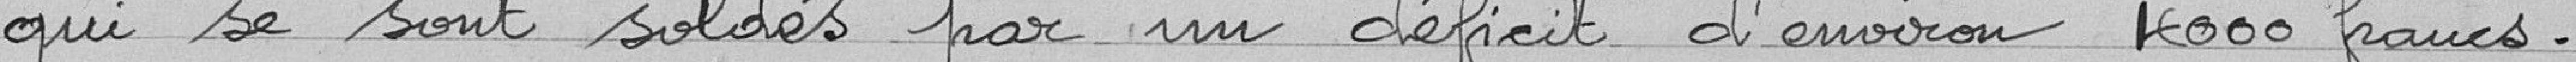
qui se sont soldés par un déficit d'environ 4000 francs.